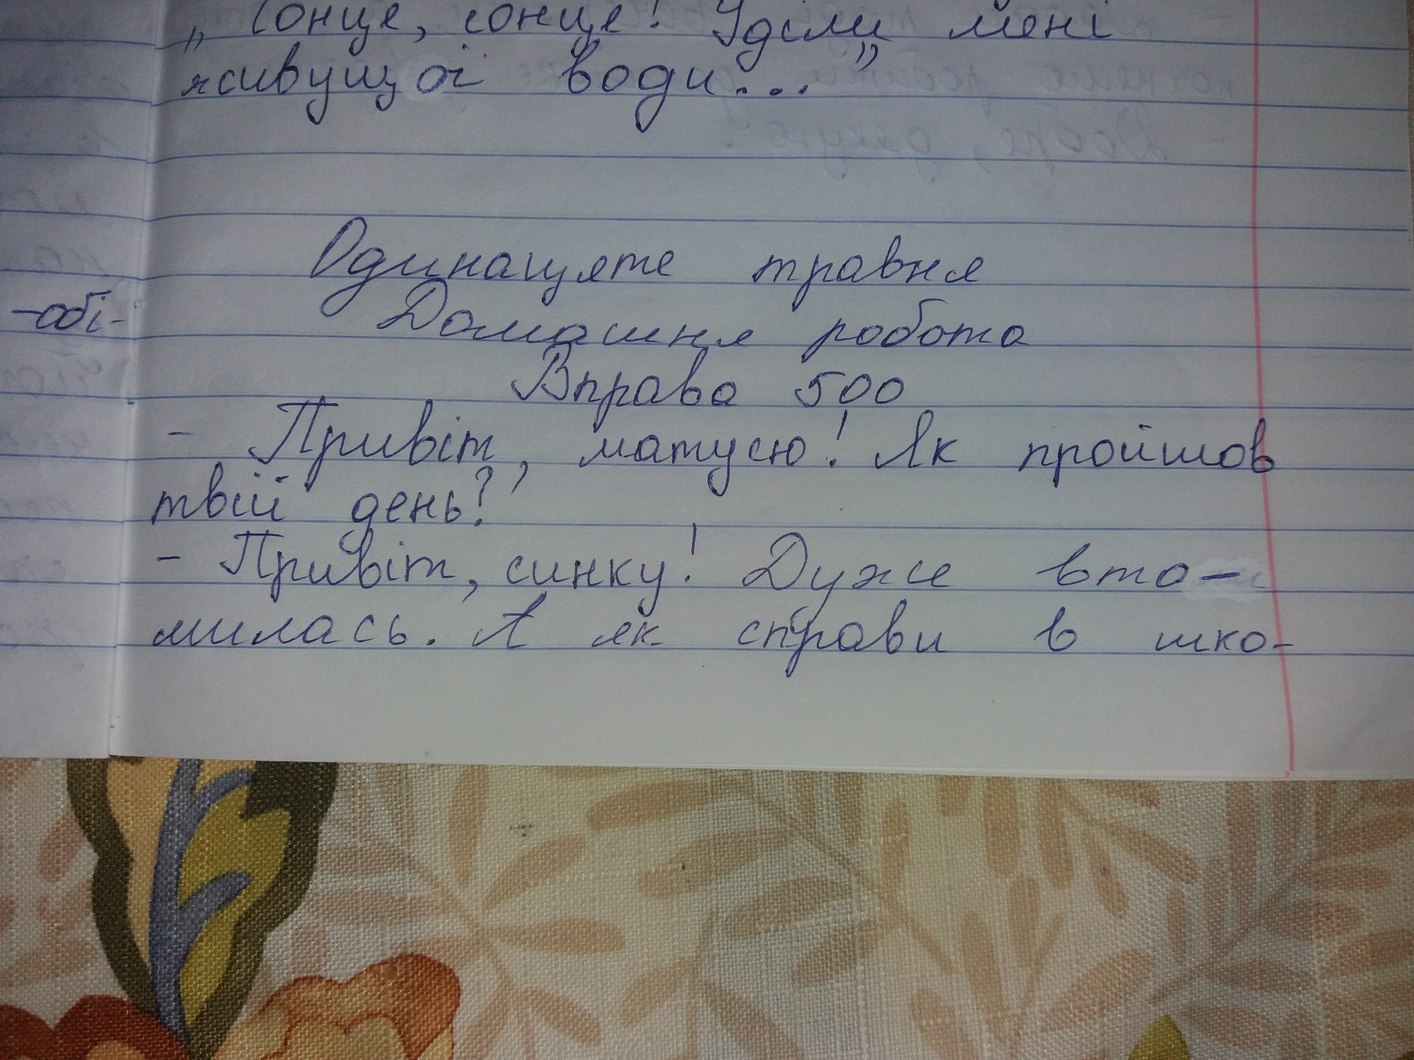
"Сонце, сонце! Уділи мені живущої води..."
Одинадцяте травня
Домашня робота
Вправа 500
Привіт, матусю! Як пройшов
твій день?
- Привіт, синку! Дуже вто-
милась. А як справи в шко-